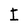
Character: I